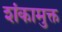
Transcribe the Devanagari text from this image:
शंकामुक्त